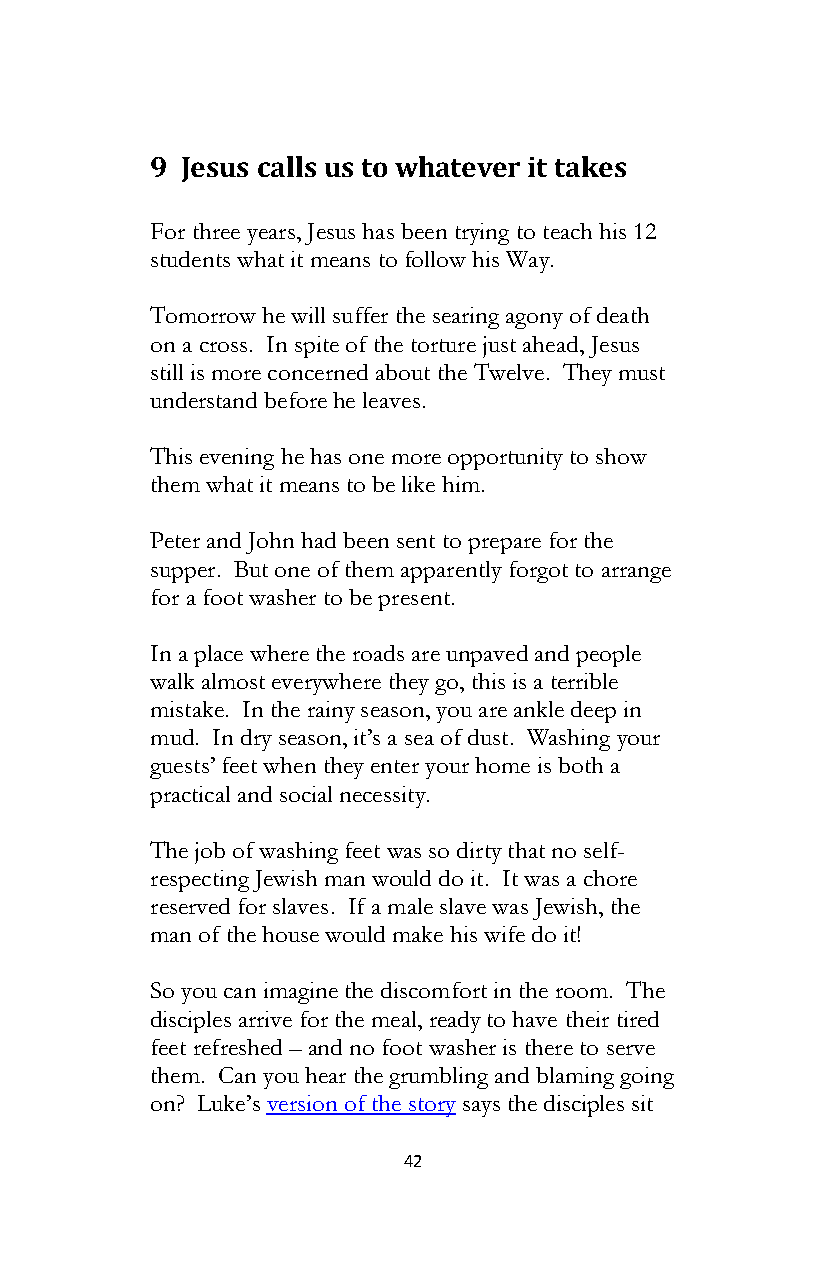
9 Jesus calls us to whatever it takes
 For three years, Jesus has been trying to teach his 12
 students what it means to follow his Way.
 Tomorrow he will suffer the searing agony of death
 on a cross. In spite of the torture just ahead, Jesus
 still is more concerned about the Twelve. They must
 understand before he leaves.
 This evening he has one more opportunity to show
 them what it means to be like him.
 Peter and John had been sent to prepare for the
 supper. But one of them apparently forgot to arrange
 for a foot washer to be present.
 In a place where the roads are unpaved and people
 walk almost everywhere they go, this is a terrible
 mistake. In the rainy season, you are ankle deep in
 mud. In dry season, it’s a sea of dust. Washing your
 guests’ feet when they enter your home is both a
 practical and social necessity.
 The job of washing feet was so dirty that no self-
 respecting Jewish man would do it. It was a chore
 reserved for slaves. If a male slave was Jewish, the
 man of the house would make his wife do it!
 So you can imagine the discomfort in the room. The
 disciples arrive for the meal, ready to have their tired
 feet refreshed – and no foot washer is there to serve
 them. Can you hear the grumbling and blaming going
 on? Luke’s version of the story says the disciples sit
 42